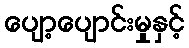
ပျော့ပျောင်းမှုနှင့်